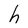
Character: h